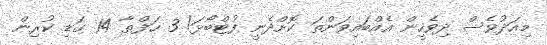
މިއަދުވެސް ދިވެހީން އެއްބައިވަންތަ ކޮށްދެނީ ފުޓްބޯޅަ! 3 ހަފްތާ 14 ގަޑި ކުރިން